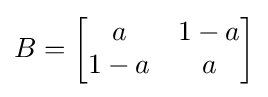
B={\begin{bmatrix}a&1-a\\1-a&a\end{bmatrix}}